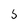
Character: 5